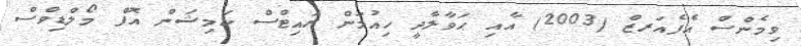
ވިމެންސް އެފެއަރޒް (2003) އާއި ޙަވާލާދީ ހިއުމަން ރައިޓްސް ކަމިޝަން އޮފް މޯލްޑިވްސް